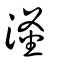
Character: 滏